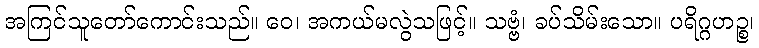
အကြင်သူတော်ကောင်းသည်။ ဝေ၊ အကယ်မလွဲသဖြင့်။ သဗ္ဗံ၊ ခပ်သိမ်းသော။ ပရိဂ္ဂဟဉ္စ၊